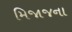
મિજાજના